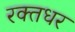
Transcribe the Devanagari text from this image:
रक्तधर